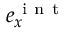
e _ { x } ^ { \mathrm { ~ i ~ n ~ t ~ } }